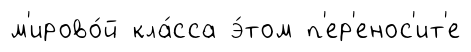
м'ирово́й кла́сса э́том п'ер'енос'ит'е